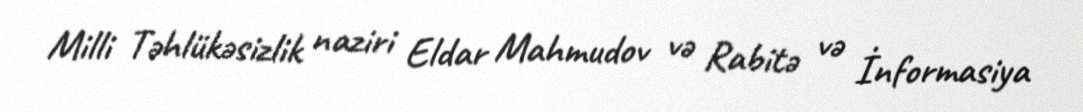
Milli Təhlükəsizlik naziri Eldar Mahmudov və Rabitə və İnformasiya